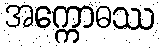
အက္ကောဓဿ